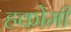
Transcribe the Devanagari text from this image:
हकोमी